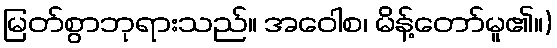
မြတ်စွာဘုရားသည်။ အဝေါစ၊ မိန့်တော်မူ၏။)